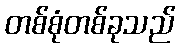
တစ်စုံတစ်ခုသည်